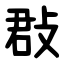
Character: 㪊